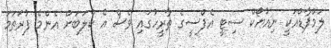
ލަމްޕާޑްއަކީ ނިއުޔޯކް ސިޓީ އެފްސީގެ ތާރީހުގައި ވެސް އެ ކްލަބަށް އެންމެ ފުރަތަމަ